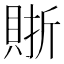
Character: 𧶇